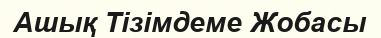
Ашық Тізімдеме Жобасы